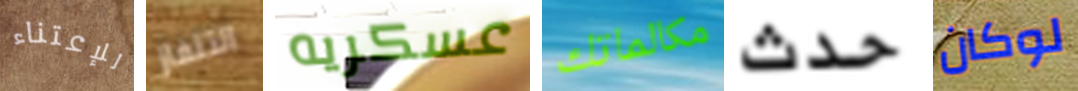
للإعتناء التلفاز عسكريه مكالماتك حدث لوكان